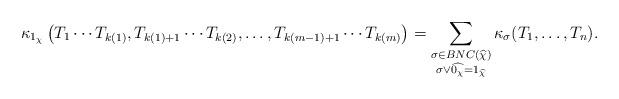
LaTeX: \begin{align*}\kappa_{1_\chi}\left(T_1 \cdots T_{k(1)}, T_{k(1)+1} \cdots T_{k(2)}, \ldots, T_{k(m-1)+1} \cdots T_{k(m)}\right) = \sum_{\substack{\sigma \in BNC(\widehat{\chi})\\ \sigma \vee \widehat{0_\chi} = 1_{\widehat{\chi}}}} \kappa_\sigma(T_1, \ldots, T_n).\end{align*}